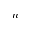
n